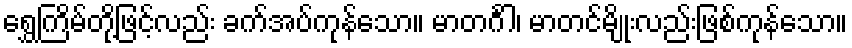
ရွှေကြိမ်တို့ဖြင့်လည်း ခက်အပ်ကုန်သော။ မာတင်္ဂါ၊ မာတင်မျိုးလည်းဖြစ်ကုန်သော။